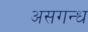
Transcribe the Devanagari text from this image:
असगन्ध